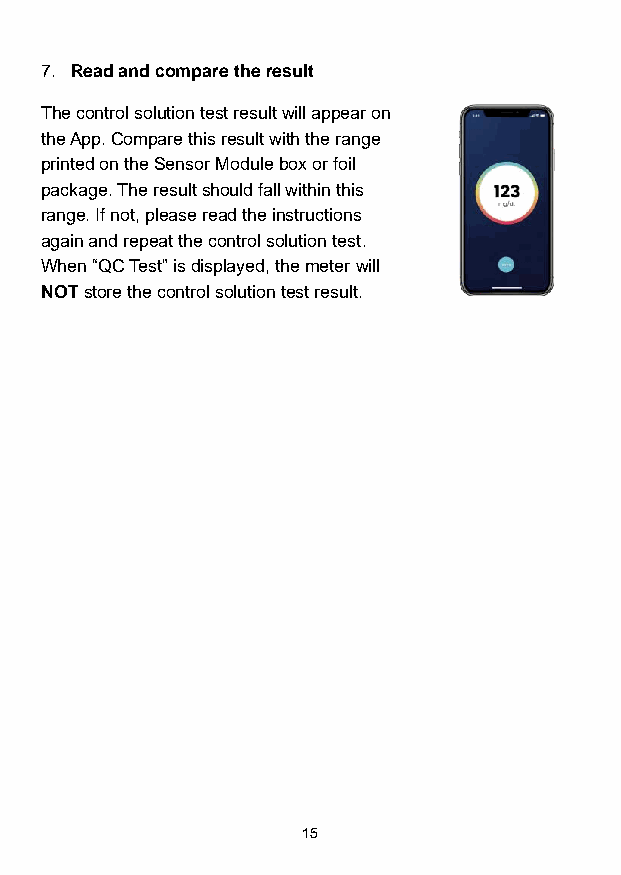
7. Read and compare the result
 The control solution test result will appear on
 the App. Compare this result with the range
 printed on the Sensor Module box or foil
 package. The result should fall within this
 range. If not, please read the instructions
 again and repeat the control solution test.
 When “QC Test” is displayed, the meter will
 NOT store the control solution test result.
 15